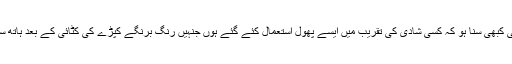
مثال کے طور پر آپ نے شاید ہی کبھی سنا ہو کہ کسی شادی کی تقریب میں ایسے پھول استعمال کئے گئے ہوں جنہیں رنگ برنگے کپڑے کی کٹائی کے بعد ہاتھ سے سلائی کرکے تیار کیا گیا ہو۔